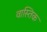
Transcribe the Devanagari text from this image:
वास्तिक